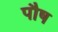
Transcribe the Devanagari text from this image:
पाैष